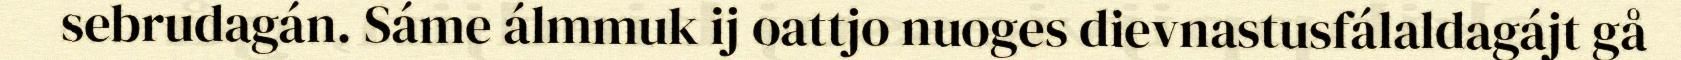
sebrudagán. Sáme álmmuk ij oattjo nuoges dievnastusfálaldagájt gå